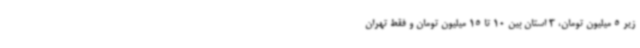
زیر 5 میلیون تومان، 3 استان بین 10 تا 15 میلیون تومان و فقط تهران